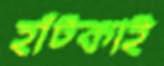
হাঁট্‌কাই